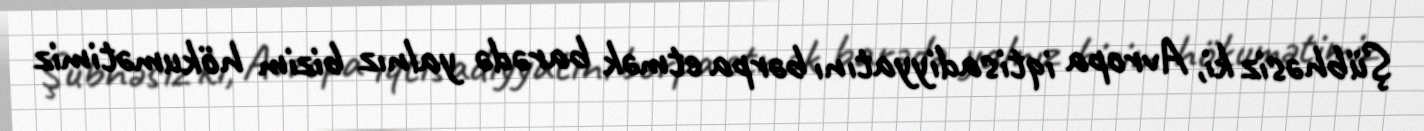
Şübhəsiz ki, Avropa iqtisadiyyatını bərpa etmək barədə yalnız bizim hökumətimiz